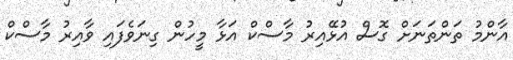
އާންމު ތަންތަނަށް ގޮސް އުޅޭއިރު މާސްކް އަޅާ މީހުން ގިނަވެފައި ވާއިރު މާސްކް